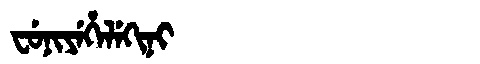
Manchu: ᠸᡠᠨᡳᠶᡝᡥᡝᠯᡝᡴᡳᠨᡳ
Romanization: FUNIYEHELEKINI